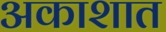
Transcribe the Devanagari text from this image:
अकाशात